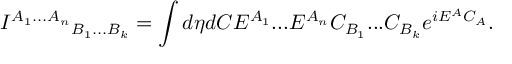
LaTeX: { I ^ { A _ { 1 } . . . A _ { n } } } _ { B _ { 1 } . . . B _ { k } } = \int d \eta d C E ^ { A _ { 1 } } . . . E ^ { A _ { n } } C _ { B _ { 1 } } . . . C _ { B _ { k } } e ^ { i E ^ { A } C _ { A } } .